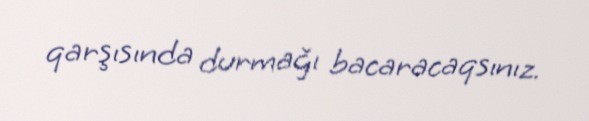
qarşısında durmağı bacaracaqsınız.